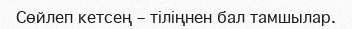
Сөйлеп кетсең – тіліңнен бал тамшылар.